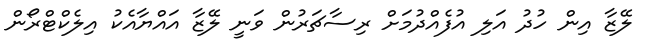
ލޭޒާ އިން ހުދު އަލި އުފެއްދުމަށް ރިސާޗަރުން ވަނީ ލޭޒާ އައްޔާއެކު އިލެކްޓްރޯން